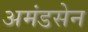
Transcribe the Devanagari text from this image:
अमंडसेन